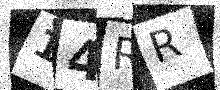
Text: 14RR